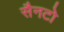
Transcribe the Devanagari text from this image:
सैनटो